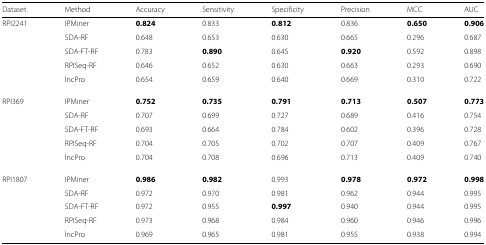
| Dataset | Method | Accuracy | Sensitivity | Specificity | Precision | MCC | AUC |
 | --- | --- | --- | --- | --- | --- | --- | --- |
 | RPI2241 | IPMiner | 0.824 | 0.833 | 0.812 | 0.836 | 0.650 | 0.906 |
 |  | SDA-RF | 0.648 | 0.653 | 0.630 | 0.665 | 0.296 | 0.687 |
 |  | SDA-FT-RF | 0.783 | 0.890 | 0.645 | 0.920 | 0.592 | 0.898 |
 |  | RPISeq-RF | 0.646 | 0.652 | 0.630 | 0.663 | 0.293 | 0.690 |
 |  | lncPro | 0.654 | 0.659 | 0.640 | 0.669 | 0.310 | 0.722 |
 | RPI369 | IPMiner | 0.752 | 0.735 | 0.791 | 0.713 | 0.507 | 0.773 |
 |  | SDA-RF | 0.707 | 0.699 | 0.727 | 0.689 | 0.416 | 0.754 |
 |  | SDA-FT-RF | 0.693 | 0.664 | 0.784 | 0.602 | 0.396 | 0.728 |
 |  | RPISeq-RF | 0.704 | 0.705 | 0.702 | 0.707 | 0.409 | 0.767 |
 |  | lncPro | 0.704 | 0.708 | 0.696 | 0.713 | 0.409 | 0.740 |
 | RPI1807 | IPMiner | 0.986 | 0.982 | 0.993 | 0.978 | 0.972 | 0.998 |
 |  | SDA-RF | 0.972 | 0.970 | 0.981 | 0.962 | 0.944 | 0.995 |
 |  | SDA-FT-RF | 0.972 | 0.955 | 0.997 | 0.940 | 0.944 | 0.995 |
 |  | RPISeq-RF | 0.973 | 0.968 | 0.984 | 0.960 | 0.946 | 0.996 |
 |  | lncPro | 0.969 | 0.965 | 0.981 | 0.955 | 0.938 | 0.994 |